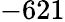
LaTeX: -621